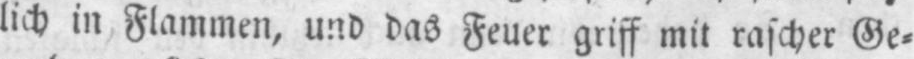
lich in Flammen, und das Feuer griff mit rascher Ge⸗